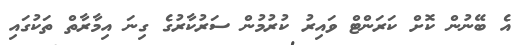
އެ ބޭނުން ކޮށް ކަރަންޓް ވައިރު ކުރުމުން ސަރުކާރުގެ ގިނަ އިމާރާތް ތަކުގައި